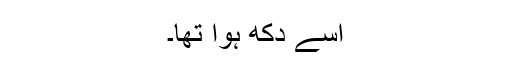
اسے دکھ ہوا تھا۔